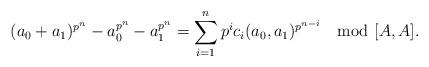
LaTeX: \begin{align*}(a_0+a_1)^{p^n}-a_0^{p^n}-a_1^{p^n}=\sum_{i=1}^np^ic_i(a_0,a_1)^{p^{n-i}}\mod [A,A].\end{align*}